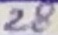
Text: 28